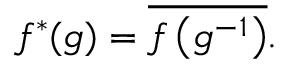
f ^ { * } ( g ) = { \overline { { f \left( g ^ { - 1 } \right) } } } .